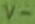
Text: V-